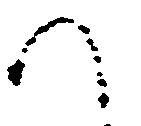
へ